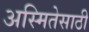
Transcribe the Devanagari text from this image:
अस्मितेसाठी